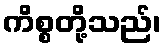
ကိစ္စတို့သည်၊